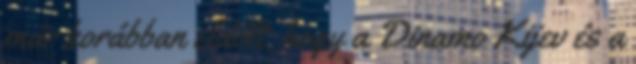
már korábban eldőlt, hogy a Dinamo Kijev és a